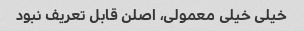
خیلی خیلی معمولی، اصلن قابل تعریف نبود